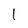
Character: I